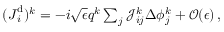
\begin{array} { r } { ( \boldsymbol { J } _ { i } ^ { \mathrm { d } } ) ^ { k } = - i \sqrt { \epsilon } \boldsymbol { q } ^ { k } \sum _ { j } \mathcal { J } _ { i j } ^ { k } \Delta { \phi } _ { j } ^ { k } + \mathcal { O } ( \epsilon ) \, , } \end{array}